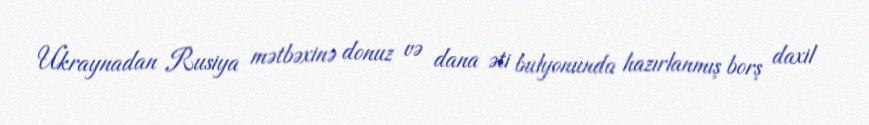
Ukraynadan Rusiya mətbəxinə donuz və dana əti bulyonunda hazırlanmış borş daxil